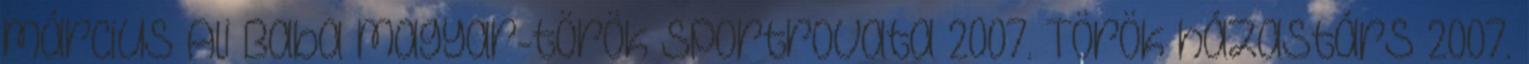
március Ali Baba magyar-török sportrovata 2007. Török házastárs 2007.